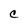
Character: C